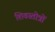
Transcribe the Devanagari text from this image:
शिवस्तोत्रों